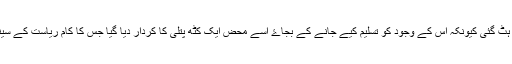
یہ آزاد حکومت مگر اپنے قیام کے وقت سے ہی اس مقصد سے ہٹ گئی کیونکہ اس کے وجود کو تسلیم کیے جانے کے بجاۓ اسے محض ایک کٹھ پتلی کا کردار دیا گیا جس کا کام ریاست کے سینے پر کھنچی تقسیم کی منحوس لکیروں کو تحفظ دینا رہ گیا تھا۔